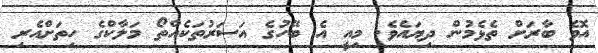
އޮވެ ބާރަށް ތެޅެމުން ދިޔައެވެ. މިއީ އެ ބޭހުގެ އަސަރުތަކެއްތޯ މަލާކްގެ ހިތަށްއެރި